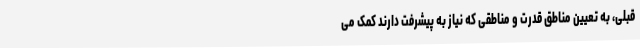
قبلی، به تعیین مناطق قدرت و مناطقی که نیاز به پیشرفت دارند کمک می